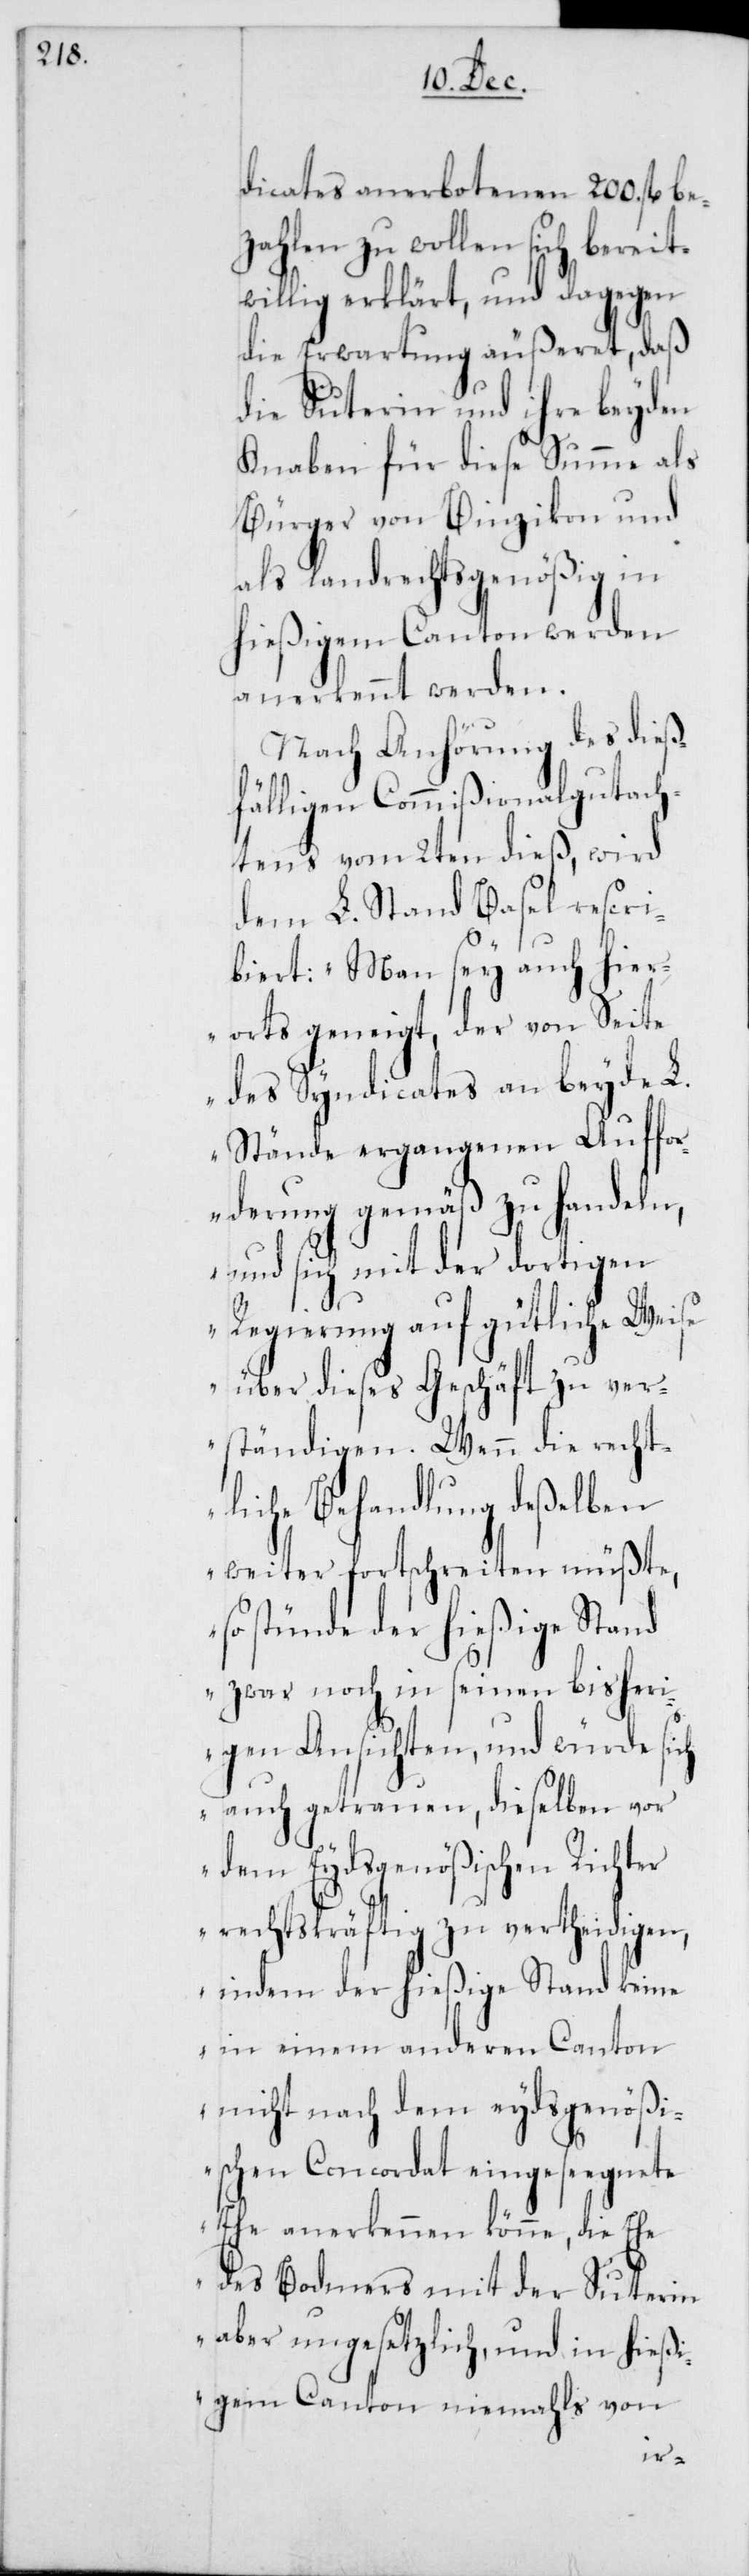
dicats anerbotenen 200. fl. be¬
zahlen zu wollen sich bereit¬
willig erklärt, und dagegen
die Erwartung äußeret, daß
die Suterin und ihre beyden
Knaben für diese Summe als
Bürger von Binzikon und
als landrechtsgenößig in
hießigem Canton werden
anerkennt werden.
Nach Anhörung des dieß¬
fälligen Commißionalgutach¬
tens vom 2ten dieß, wird
dem L. Stand Basel rescri¬
biert: „Man sey auch hier¬
orts geneigt, der von Seite
des Syndicates an beyde L.
Stände ergangenen Auffo¬
rderung gemäß zu handeln,
und sich mit der dortigen
Regierung auf gütliche Weis¬
e über dieses Geschäft zu ver¬
ständigen. Wenn die rech¬
tliche Behandlung deßelben
weiter fortschreiten müßte,
so stünde der hießige Stand
zwar noch in seinen bish¬
hter
igen Ansichten, und
auch getrauen, dieselb¬
dem Eydsgenößischen Ric¬
rechtskräftig zu ve¬
indem der hießige
in einem anderen
nicht nach dem eyd¬
ischen Concordat einges¬
Ehe anerkennen könne, d¬
des Bodmers mit der Suter¬
aber ungesetzlich,
eßi¬
gem Canton nie¬
in
mahls